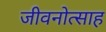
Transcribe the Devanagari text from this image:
जीवनोत्साह